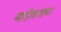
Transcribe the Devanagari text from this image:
मादीवलाप्पा